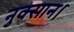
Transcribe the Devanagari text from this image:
नुक्सान।